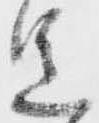
足